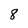
Character: 8